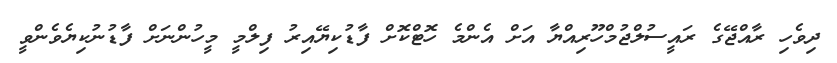
ދިވެހި ރާއްޖޭގެ ރައީސުލްޖުމްހޫރިއްޔާ އަށް އެންމެ ހޮޓްކޮށް ފާޑުކިޔޭއިރު ފިލްމީ މީހުންނަށް ފާޑުނުކިޔެވެންވީ